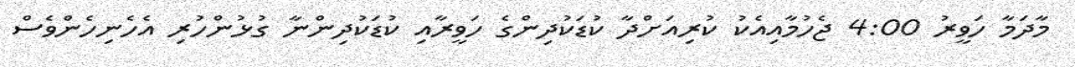
މާދަމާ ހަވީރު 4:00 ޖެހުމާއިއެކު ކުރިއަށްދާ ކުޑަކުދިންގެ ހަވީރާއި ކުޑަކުދިންނާ ގުޅުންހުރި އެހެނިހެންވެސް